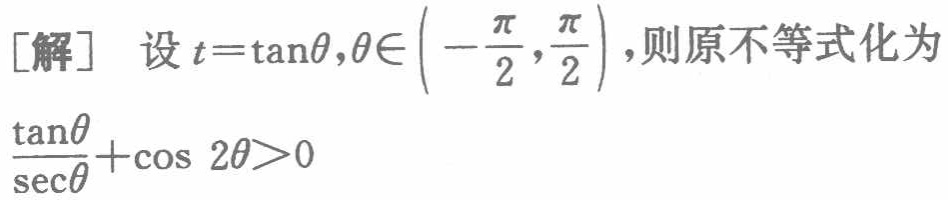
[解] 设\(t = \tan\theta,\theta\in\left(-\frac{\pi}{2},\frac{\pi}{2}\right)\)，则原不等式化为

\(\frac{\tan\theta}{\sec\theta}+\cos 2\theta>0\)